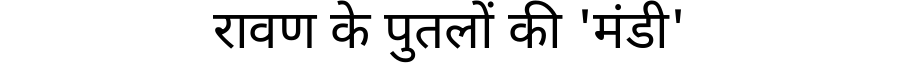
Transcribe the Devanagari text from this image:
रावण के पुतलों की 'मंडी'